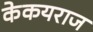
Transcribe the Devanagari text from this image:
केकयराज